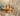
ذلك